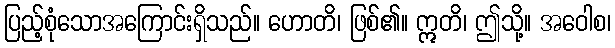
ပြည့်စုံသောအကြောင်းရှိသည်။ ဟောတိ၊ ဖြစ်၏။ ဣတိ၊ ဤသို့။ အဝေါစ၊